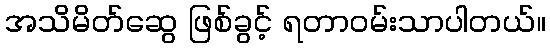
အသိမိတ်ဆွေ ဖြစ်ခွင့် ရတာဝမ်းသာပါတယ်။